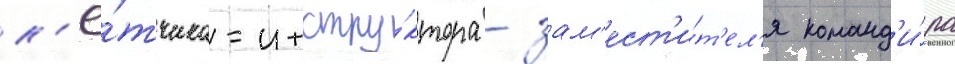
л'ё́тчика-инстру́ктора - зам'ест'и́т'ел'я команд'и́ра